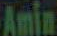
Amin